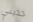
خذيني